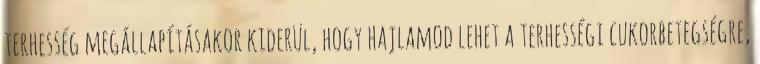
terhesség megállapításakor kiderül, hogy hajlamod lehet a terhességi cukorbetegségre,